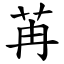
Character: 苒